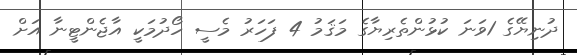
ދުނިޔޭގެ 1ވަނަ ކުޅުންތެރިޔާގެ މަޤަމު 4 ފަހަރު މެސީ ހޯދުމަކީ އާޖެންޓީނާ އަށް